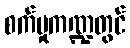
စက်မှုကဏ္ဍတွင်